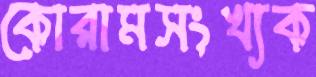
কোরামসংখ্যক